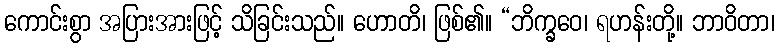
ကောင်းစွာ အပြားအားဖြင့် သိခြင်းသည်။ ဟောတိ၊ ဖြစ်၏။ “ဘိက္ခဝေ၊ ရဟန်းတို့။ ဘာဝိတာ၊